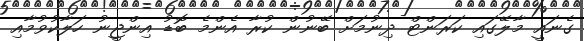
ގެނައީ މާލޭގައި ކަރަންޓް ދިނުމަށް ބޭނުން ކުރާ އެންމެ ބޮޑު އިންޖީނު ހަލާކުވުމާއި